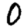
Digit: 0